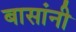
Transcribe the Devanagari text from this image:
बासांनी